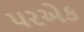
પરએક